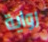
رواية